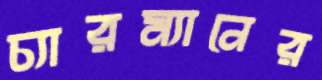
চ্যারম্যানের